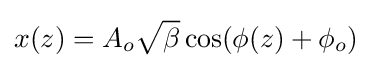
x(z)=A_{o}{\sqrt {\beta }}\cos(\phi (z)+\phi _{o})